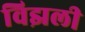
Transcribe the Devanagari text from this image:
विझली